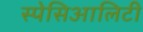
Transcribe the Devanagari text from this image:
स्पेसिआलिटी